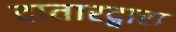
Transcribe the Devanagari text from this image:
दातारद्वारा